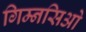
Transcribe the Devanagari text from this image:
गिम्नसिओ